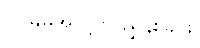
၂။ မိမိအလို့ငှာ ညွှန်းခြင်း၊